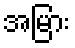
အမြား